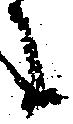
に